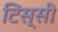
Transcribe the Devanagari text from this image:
टिस्सी